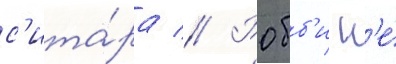
с'ита́ра // Робб'и н'е́